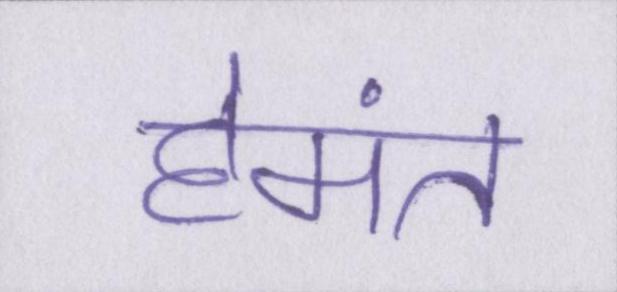
हेमंत